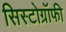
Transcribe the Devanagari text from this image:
सिस्टोग्रॉफी